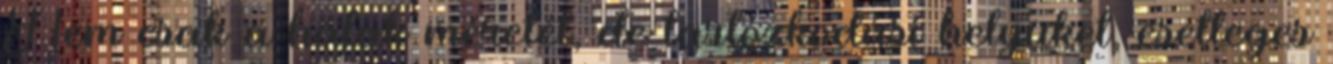
Nem csak a halak méretét, de tartózkodási helyüket, esetleges